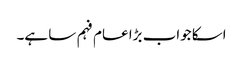
اسکا جواب بڑا عام فہم سا ہے۔